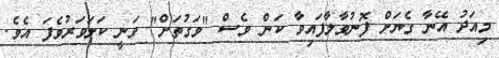
މިއަދު އޭނާ ގެޔަށް ފޮނުވާލާފައިވާ ކަން ވެސް "ވަގުތަށް" ވަނީ ކަށަވަރުވެފަ އެވެ.